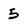
Character: 5